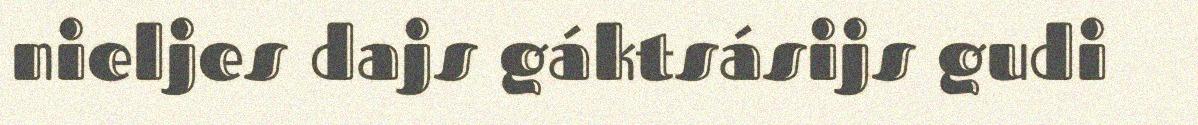
nieljes dajs gáktsásijs gudi